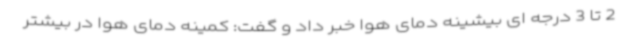
2 تا 3 درجه ای بیشینه دمای هوا خبر داد و گفت: کمینه دمای هوا در بیشتر